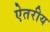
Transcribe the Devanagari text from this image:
ऐतरीय